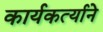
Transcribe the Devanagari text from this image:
कार्यकर्त्याने